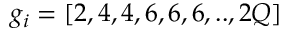
g _ { i } = [ 2 , 4 , 4 , 6 , 6 , 6 , . . , 2 Q ]